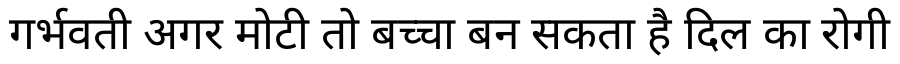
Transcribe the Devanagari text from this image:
गर्भवती अगर मोटी तो बच्चा बन सकता है दिल का रोगी